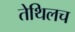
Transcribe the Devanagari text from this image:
तेथिलच